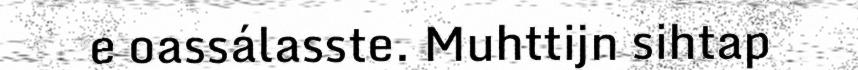
e oassálasste. Muhttijn sihtap